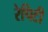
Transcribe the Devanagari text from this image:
रेपिटी